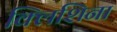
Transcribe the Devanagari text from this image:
क्लिशिना